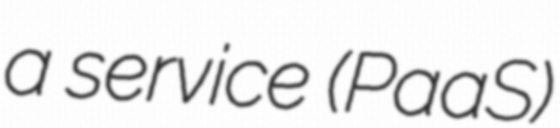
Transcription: a service (PaaS)